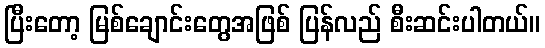
ပြီးတော့ မြစ်ချောင်းတွေအဖြစ် ပြန်လည် စီးဆင်းပါတယ်။